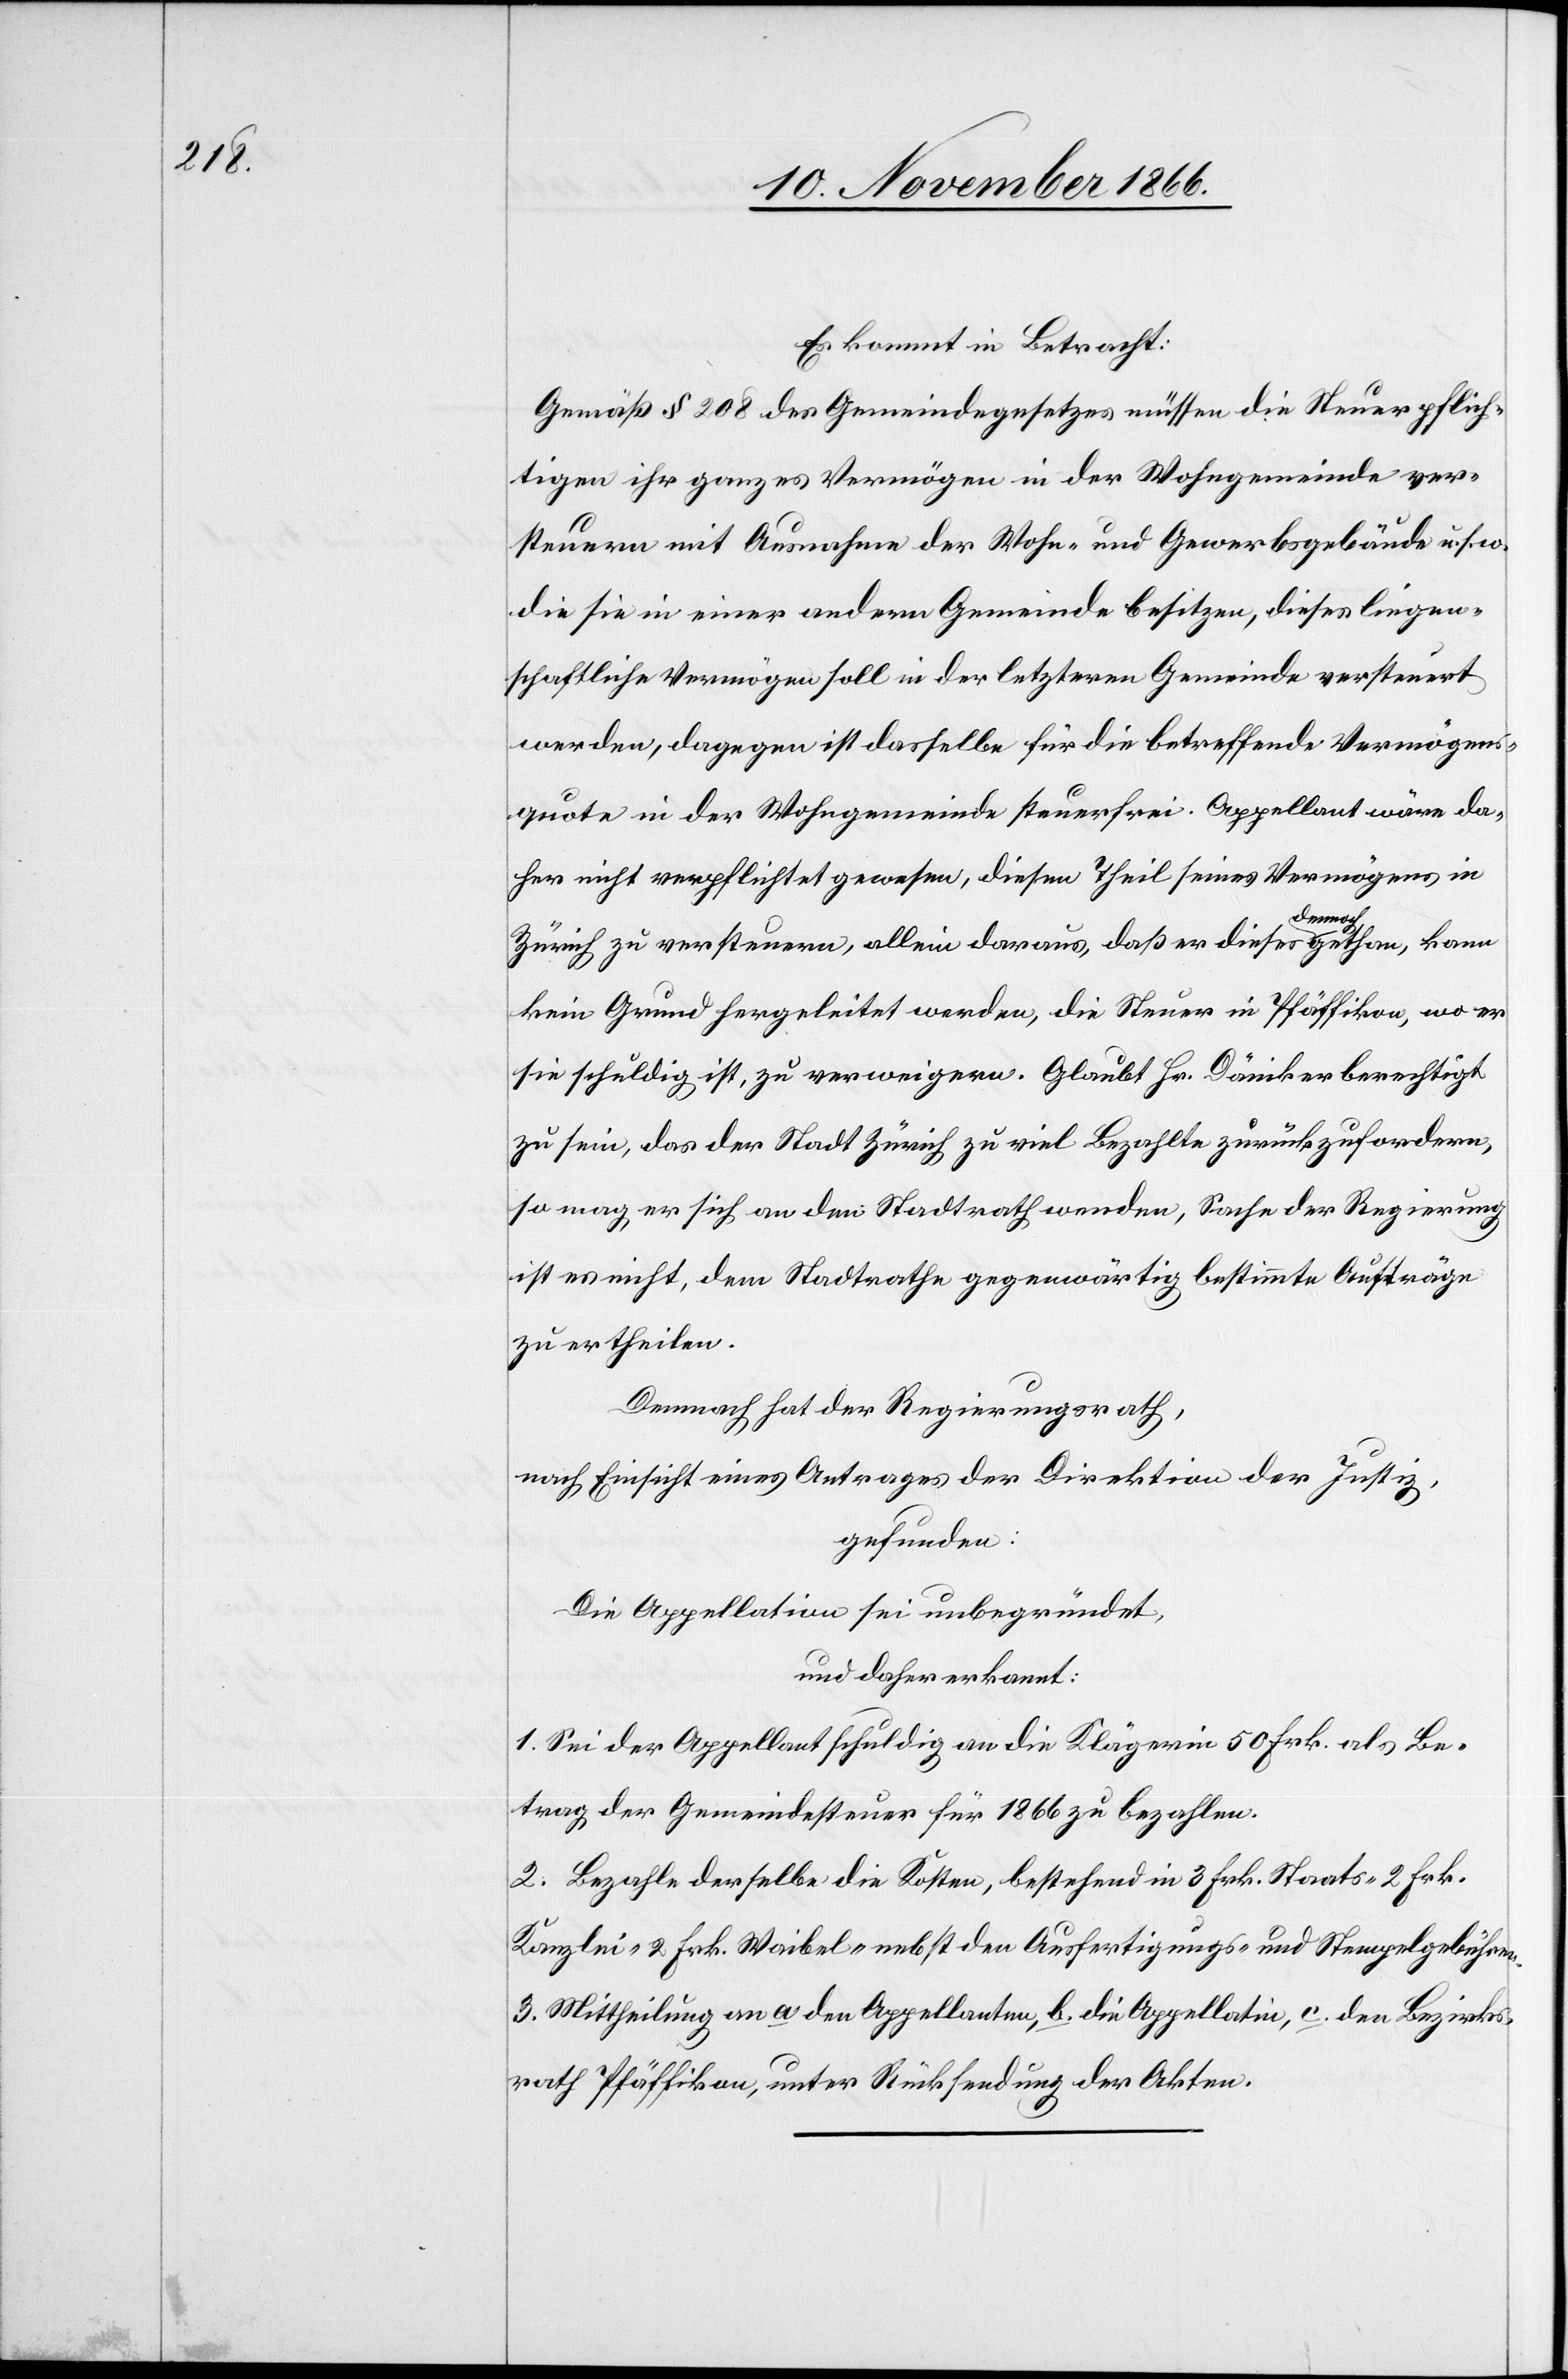
Es kommt in Betracht:
Gemäß § 208 des Gemeindegesetzes müssen die Steuerpflich¬
tigen ihr ganzes Vermögen in der Wohngemeinde ver¬
steuern mit Ausnahme der Wohn- und Gewerbsgebäude u. s. w.
die sie in einer andern Gemeinde besitzen, dieses liegen¬
schaftliche Vermögen soll in der letzteren Gemeinde versteuert
werden, dagegen ist dasselbe für die betreffende Vermögens¬
quote in der Wohngemeinde steuerfrei. Appellant wäre da¬
her nicht verpflichtet gewesen, diesen Theil seines Vermögens in
Zürich zu versteuern, allein daraus, daß er dieses dennoch gethan, kann
kein Grund hergeleitet werden, die Steuer in Pfäffikon, wo er
sie schuldig ist, zu verweigern. Glaubt Hr. Däniker berechtigt
zu sein, das der Stadt Zürich zu viel Bezahlte zurückzufordern,
so mag er sich an den Stadtrath wenden, Sache der Regierung
ist es nicht, dem Stadtrathe gegenwärtig bestimmte Aufträge
zu ertheilen.
Demnach hat der Regierungsrath,
nach Einsicht eines Antrages der Direktion der Justiz,
gefunden:
Die Appellation sei unbegründet,
und daher erkannt:
1. Sei der Appellant schuldig an die Klägerin 50 Frk. als Be¬
trag der Gemeindesteuer für 1866 zu bezahlen.
2. Bezahle derselbe die Kosten, bestehend in 3 Frk. Staats-[,] 2 Frk.
Kanzlei-[,] 2 Frk. Waibel- nebst den Ausfertigungs- und Stempelgebühren.
3. Mittheilung an a den Appellanten, b. die Appellatin, c. den Bezirks¬
rath Pfäffikon, unter Rücksendung der Akten.